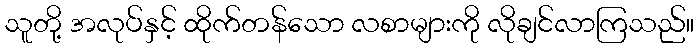
သူတို့ အလုပ်နှင့် ထိုက်တန်သော လစာများကို လိုချင်လာကြသည်။